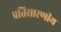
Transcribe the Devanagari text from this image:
प्रतिसारणीय